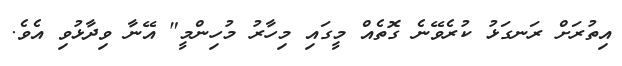
އިތުރަށް ރަނގަޅު ކުރެވޭނެ ގޮތެއް މީގައި މިހާރު މުހިންމީ" އޭނާ ވިދާޅުވި އެވެ.